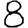
Digit: 8